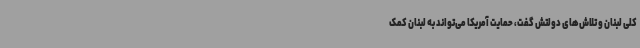
کلی لبنان و تلاش‌های دولتش گفت،‌ حمایت آمریکا می‌تواند به لبنان کمک